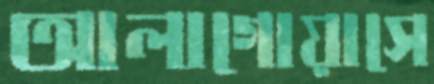
আলাগোয়াসে